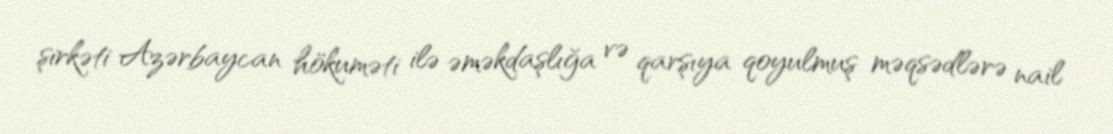
şirkəti Azərbaycan hökuməti ilə əməkdaşlığa və qarşıya qoyulmuş məqsədlərə nail